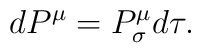
dP^{\mu}=P^{\mu} _{\sigma} d \tau.